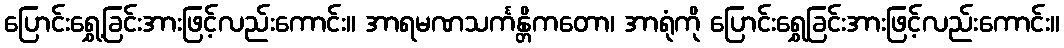
ပြောင်းရွှေ့ခြင်းအားဖြင့်လည်းကောင်း။ အာရမဏသင်္ကန္တိကတော၊ အာရုံကို ပြောင်းရွှေခြင်းအားဖြင့်လည်းကောင်း။